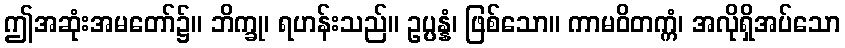
ဤအဆုံးအမတော်၌။ ဘိက္ခု၊ ရဟန်းသည်။ ဥပ္ပန္နံ၊ ဖြစ်သော။ ကာမဝိတက္ကံ၊ အလိုရှိအပ်သော